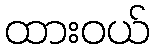
ထားဝယ်